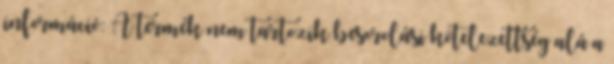
információ: A termék nem tartozik besorolási kötelezettség alá a